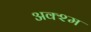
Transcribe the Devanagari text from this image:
अक्श्म